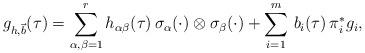
LaTeX: \begin{align*}g_{h, \vec{b}} (\tau) = \sum_{\alpha, \beta=1}^r h_{\alpha \beta}(\tau)\, \sigma_\alpha( \cdot) \otimes\sigma_\beta(\cdot) + \sum_{i=1}^m \,b_i(\tau)\, \pi_i^* g_i, \end{align*}